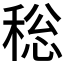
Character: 𮃐